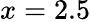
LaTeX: x=2.5